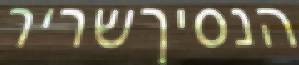
הנסיךשריר